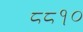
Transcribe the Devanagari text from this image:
८८१०